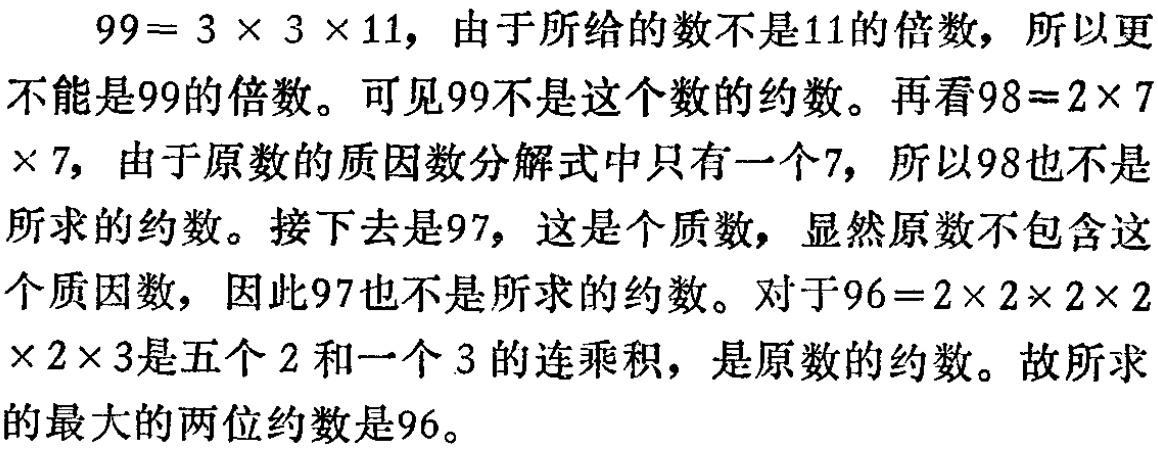
\(99 = 3\times3\times11\)，由于所给的数不是\(11\)的倍数，所以更不能是\(99\)的倍数。可见\(99\)不是这个数的约数。再看\(98 = 2\times7\times7\)，由于原数的质因数分解式中只有一个\(7\)，所以\(98\)也不是所求的约数。接下去是\(97\)，这是个质数，显然原数不包含这个质因数，因此\(97\)也不是所求的约数。对于\(96 = 2\times2\times2\times2\times2\times3\)是五个\(2\)和一个\(3\)的连乘积，是原数的约数。故所求的最大的两位约数是\(96\)。